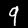
Digit: 9